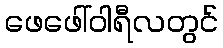
ဖေဖေါ်ဝါရီလတွင်